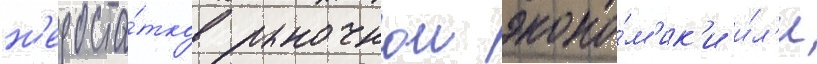
н'едоста́тков рыночнои эконо́м'ик'и и́л'и